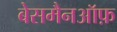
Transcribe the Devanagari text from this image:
बेसमैनऑफ़